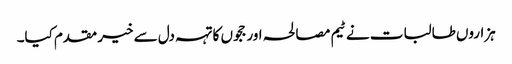
ہزاروں طالبات نے ٹیم مصالحہ اور ججوں کا تہہ دل سے خیر مقدم کیا۔